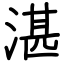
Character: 湛